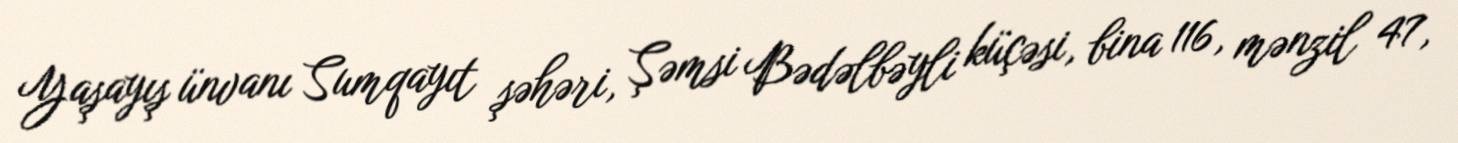
Yaşayış ünvanı Sumqayıt şəhəri, Şəmsi Bədəlbəyli küçəsi, bina 116, mənzil 47,